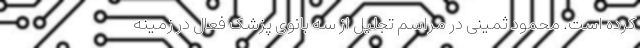
کرده است. محمود ثمینی در مراسم تجلیل از سه بانوی پزشک فعال در زمینه